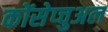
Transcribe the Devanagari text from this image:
कोंसेप्चुअल